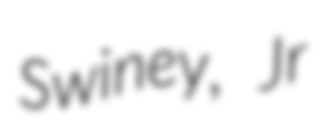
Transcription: Swiney, Jr